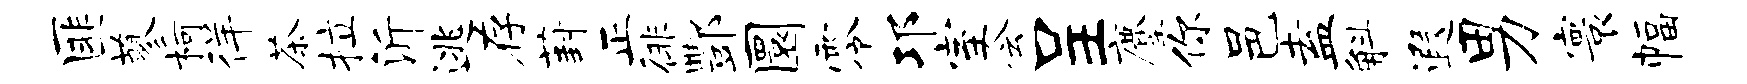
匪蓼柯徉茶拉沂逃存葑正徘酆圜零邛室会呈麈你邑盍斛遐男寰幅